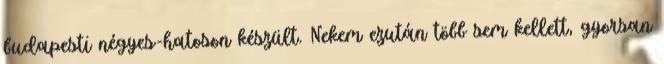
budapesti négyes-hatoson készült. Nekem ezután több sem kellett, gyorsan